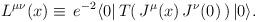
LaTeX: \begin{align*}L^{\mu\nu}(x) \equiv \, e^{-2} \langle 0|\, T(\, J^{\mu}(x)\,J^{\nu}(0)\, )\, |0\rangle .\end{align*}